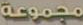
مجموعة